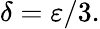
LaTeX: \delta=\varepsilon/3.